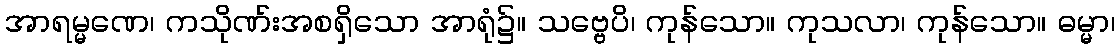
အာရမ္မဏေ၊ ကသိုဏ်းအစရှိသော အာရုံ၌။ သဗ္ဗေပိ၊ ကုန်သော။ ကုသလာ၊ ကုန်သော။ ဓမ္မာ၊